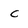
Character: C